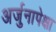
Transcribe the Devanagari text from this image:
अर्जुनापेक्षा